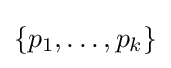
\{p_{1},\ldots ,p_{k}\}